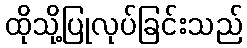
ထိုသို့ပြုလုပ်ခြင်းသည်